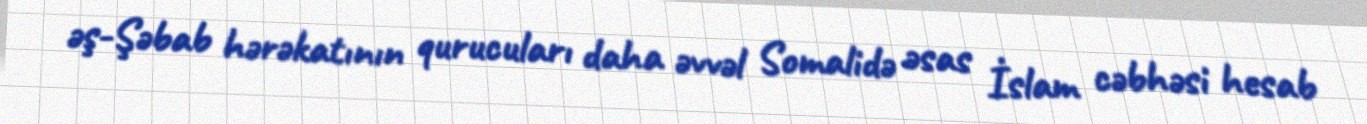
əş-Şəbab hərəkatının qurucuları daha əvvəl Somalidə əsas İslam cəbhəsi hesab